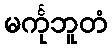
မင်္ကုဘူတံ